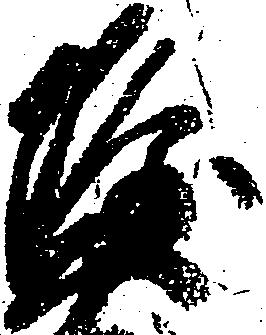
隆